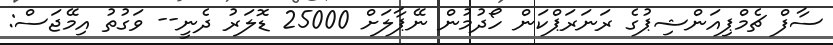
ސާފް ޗެމްޕިއަންޝިޕުގެ ރަނަރަޕްކަން ހޯދުމުން ނޭޕާލަށް 25000 ޑޮލަރު ދެނީ-- ވަގުތު އިމޭޖަސް: